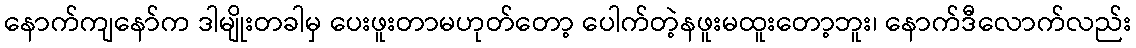
နောက်ကျနော်က ဒါမျိုးတခါမှ ပေးဖူးတာမဟုတ်တော့ ပေါက်တဲ့နဖူးမထူးတော့ဘူး၊ နောက်ဒီလောက်လည်း